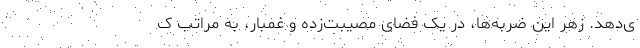
ی‌دهد. زهر این ضربه‌ها، در یک فضای مصیبت‌زده و غمبار، به مراتب کُ